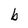
Character: b